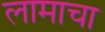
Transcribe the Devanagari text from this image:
लामाचा